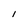
Character: I